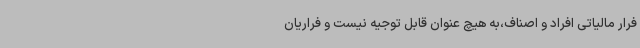
فرار مالیاتی افراد و اصناف،به هیچ عنوان قابل توجیه نیست و فراریان